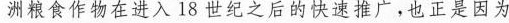
洲粮食作物在进入18世纪之后的快速推广。也正是因为